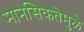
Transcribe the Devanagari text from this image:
मानसिकतेमुळे